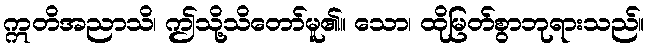
ဣတိအညာသိ၊ ဤသို့သိတော်မူ၏။ သော၊ ထိုမြတ်စွာဘုရားသည်။